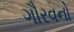
ગૌરવનો